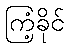
ကြံ့ခိုင်